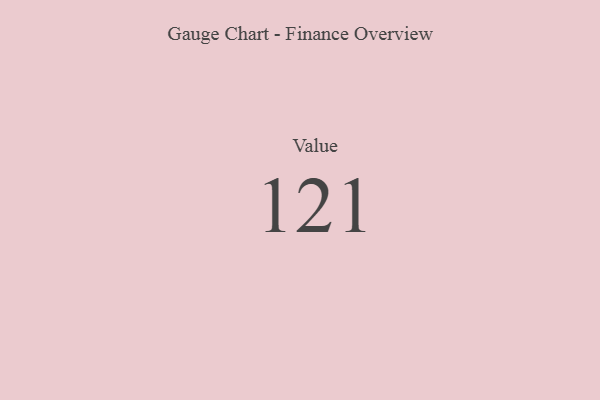
{"axis": {"x": "Metric", "y": "Value"}, "legend": [""], "data": [{"x": "Value", "y": 121, "type": ""}]}